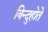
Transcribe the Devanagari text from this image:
बिन्दुहोते